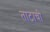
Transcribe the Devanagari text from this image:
ताटाची